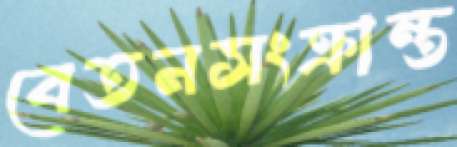
বেতনসংক্রান্ত